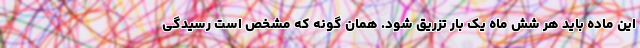
این ماده باید هر شش ماه یک بار تزریق شود. همان گونه که مشخص است رسیدگی